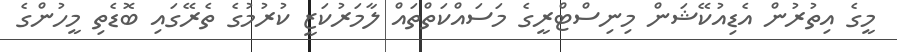
މީގެ އިތުރުން އެޑިއުކޭޝަން މިނިސްޓްރީގެ މަސައްކަތްތައް ލާމަރުކަޒީ ކުރުމުގެ ތެރޭގައި ބޮޑެތި މީހުންގެ